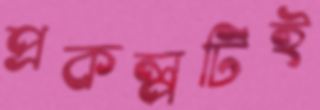
প্রকল্পটিই